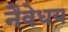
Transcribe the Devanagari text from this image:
नैवेधय